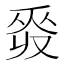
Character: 𠭡